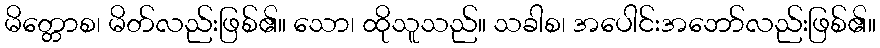
မိတ္တောစ၊ မိတ်လည်းဖြစ်၏။ သော၊ ထိုသူသည်။ သခါစ၊ အပေါင်းအဘော်လည်းဖြစ်၏။